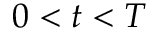
0 < t < T